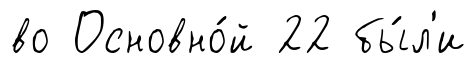
во Основно́й 22 бы́л'и